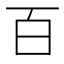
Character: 百